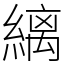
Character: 縭